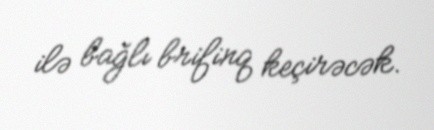
ilə bağlı brifinq keçirəcək.